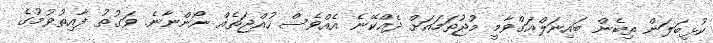
ކުޅިބަލަން ތިބެން ބައިނަލްއަގްވާމީ މުޖުތަމައަށް ދެއްކޭނެ އެއްވެސް ހުއްޖަތެއް ނޯންނާނެ. ވަގުތު ފާއިތުވުމުގެ